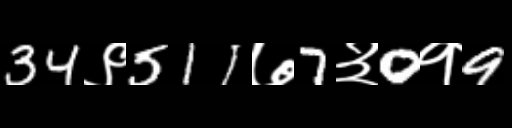
Text: 34९511७7३0१9